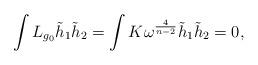
LaTeX: \begin{align*}\int L_{g_{0}}\tilde h_{1}\tilde h_{2}=\int K\omega^{\frac{4}{n-2}}\tilde h_{1}\tilde h_{2}=0, \;\end{align*}